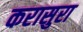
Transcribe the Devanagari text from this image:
करासुरा